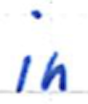
Text: in
Cross-out: clean
Writing tool: ballpoint